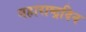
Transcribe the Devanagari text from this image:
महाराष्ट्रदिन